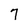
Character: 7